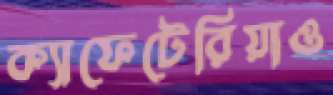
ক্যাফেটেরিয়াও